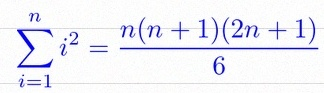
\sum_{i=1}^{n}i^2=\frac{n(n+1)(2n+1)}6